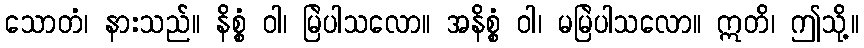
သောတံ၊ နားသည်။ နိစ္စံ ဝါ၊ မြဲပါသလော။ အနိစ္စံ ဝါ၊ မမြဲပါသလော။ ဣတိ၊ ဤသို့။